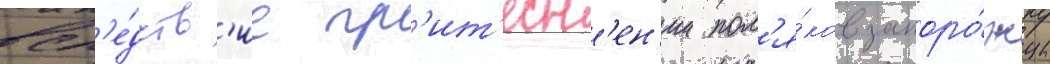
всл'е́дств'ие пр'ит'есн'ен'ии пол'я́ков запоро́жцы